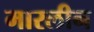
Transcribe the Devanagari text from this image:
मारलीन